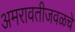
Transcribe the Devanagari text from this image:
अमरावतीजवळचे